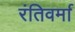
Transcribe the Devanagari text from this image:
रंतिवर्मा